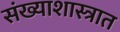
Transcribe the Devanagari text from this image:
संख्याशास्त्रात